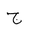
Letter: _gim